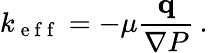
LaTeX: k_{\mathrm{~e~f~f~}}=-\mu\frac{{\mathbf q}}{\nabla P}\, .